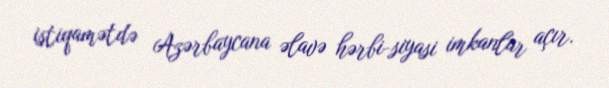
istiqamətdə Azərbaycana əlavə hərbi-siyasi imkanlar açır.